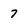
Character: 7